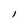
Character: l